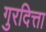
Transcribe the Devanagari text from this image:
गुरदित्ता